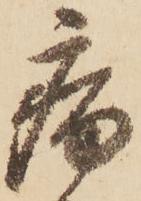
病